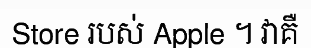
Store របស់ Apple ។ វាគឺ